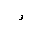
Letter: _waw